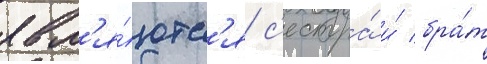
явл'я́ютс'я с'естра́ и́ бра́т